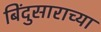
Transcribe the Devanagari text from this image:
बिंदुसाराच्या